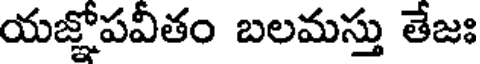
యజ్ఞోపవీతం బలమస్తు తేజః